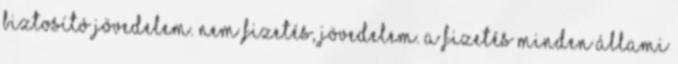
biztosító jövedelem. Nem fizetés, jövedelem. A fizetés minden állami